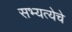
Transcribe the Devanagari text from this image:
सभ्यत्येचे